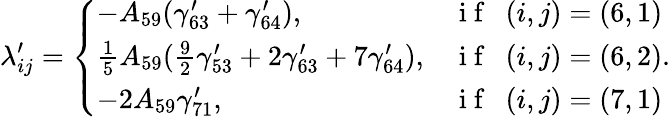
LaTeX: \lambda_{ij}^{\prime}=\left\{ \begin{array}{ll}{-A_{59}(\gamma_{63}^{\prime}+\gamma_{64}^{\prime}),}&{\mathrm{~i~f~~~}(i,j)=(6,1)}\\ {\frac{1}{5}A_{59}(\frac{9}{2}\gamma_{53}^{\prime}+2\gamma_{63}^{\prime}+7\gamma_{64}^{\prime}),}&{\mathrm{~i~f~~~}(i,j)=(6,2)}\\ {-2A_{59}\gamma_{71}^{\prime},}&{\mathrm{~i~f~~~}(i,j)=(7,1)}\end{array}\right..